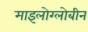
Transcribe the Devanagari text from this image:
माइलोग्लोबीन